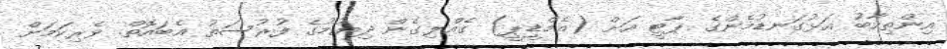
އިންތިހާބު އަޅުގަނޑުމެންގެ ޕާޓީ އަށް (އެމްޑީޕީ) ގެއްލިގެން ދިޔުމުގެ ފުރުސަތު އެބައޮތް. ވެރިކަމަށް